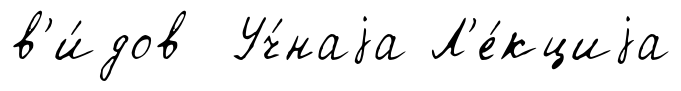
в'и́дов Уч́наjа Л'е́кциjа